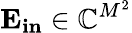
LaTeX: \mathbf{E_{in}}\in\mathbb{C}^{M^{2}}